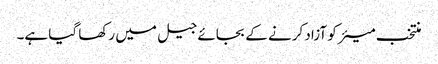
منتخب میئر کو آزاد کرنے کے بجائے جیل میں رکھا گیا ہے۔